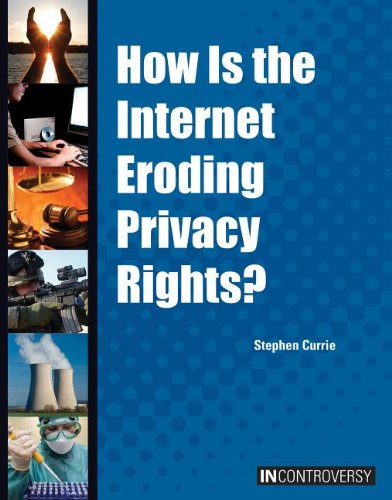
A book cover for How Is the Internet Eroding Privacy Rights? (In Controversy); Stephen Currie; Teen & Young Adult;